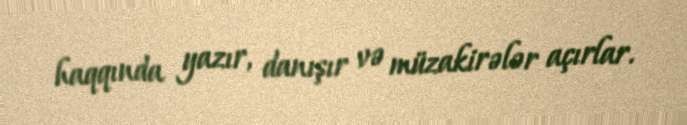
haqqında yazır, danışır və müzakirələr açırlar.